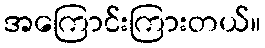
အကြောင်းကြားတယ်။